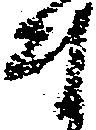
ま